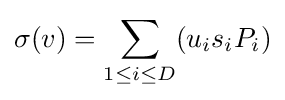
\sigma (v)=\sum _{1\leq i\leq D}(u_{i}s_{i}P_{i})